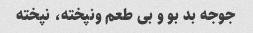
جوجه بد بو و بی طعم ونپخته، نپخته